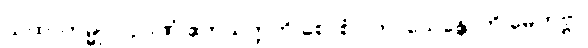
ယထာကမ္မုပဂဉာဏံ ဧကသတ္တတိ စောစံ ပကာသေန္တောတိ မေတဗ္ဗာ